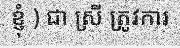
ខ្ញុំ ) ជា ស្រី ត្រូវការ